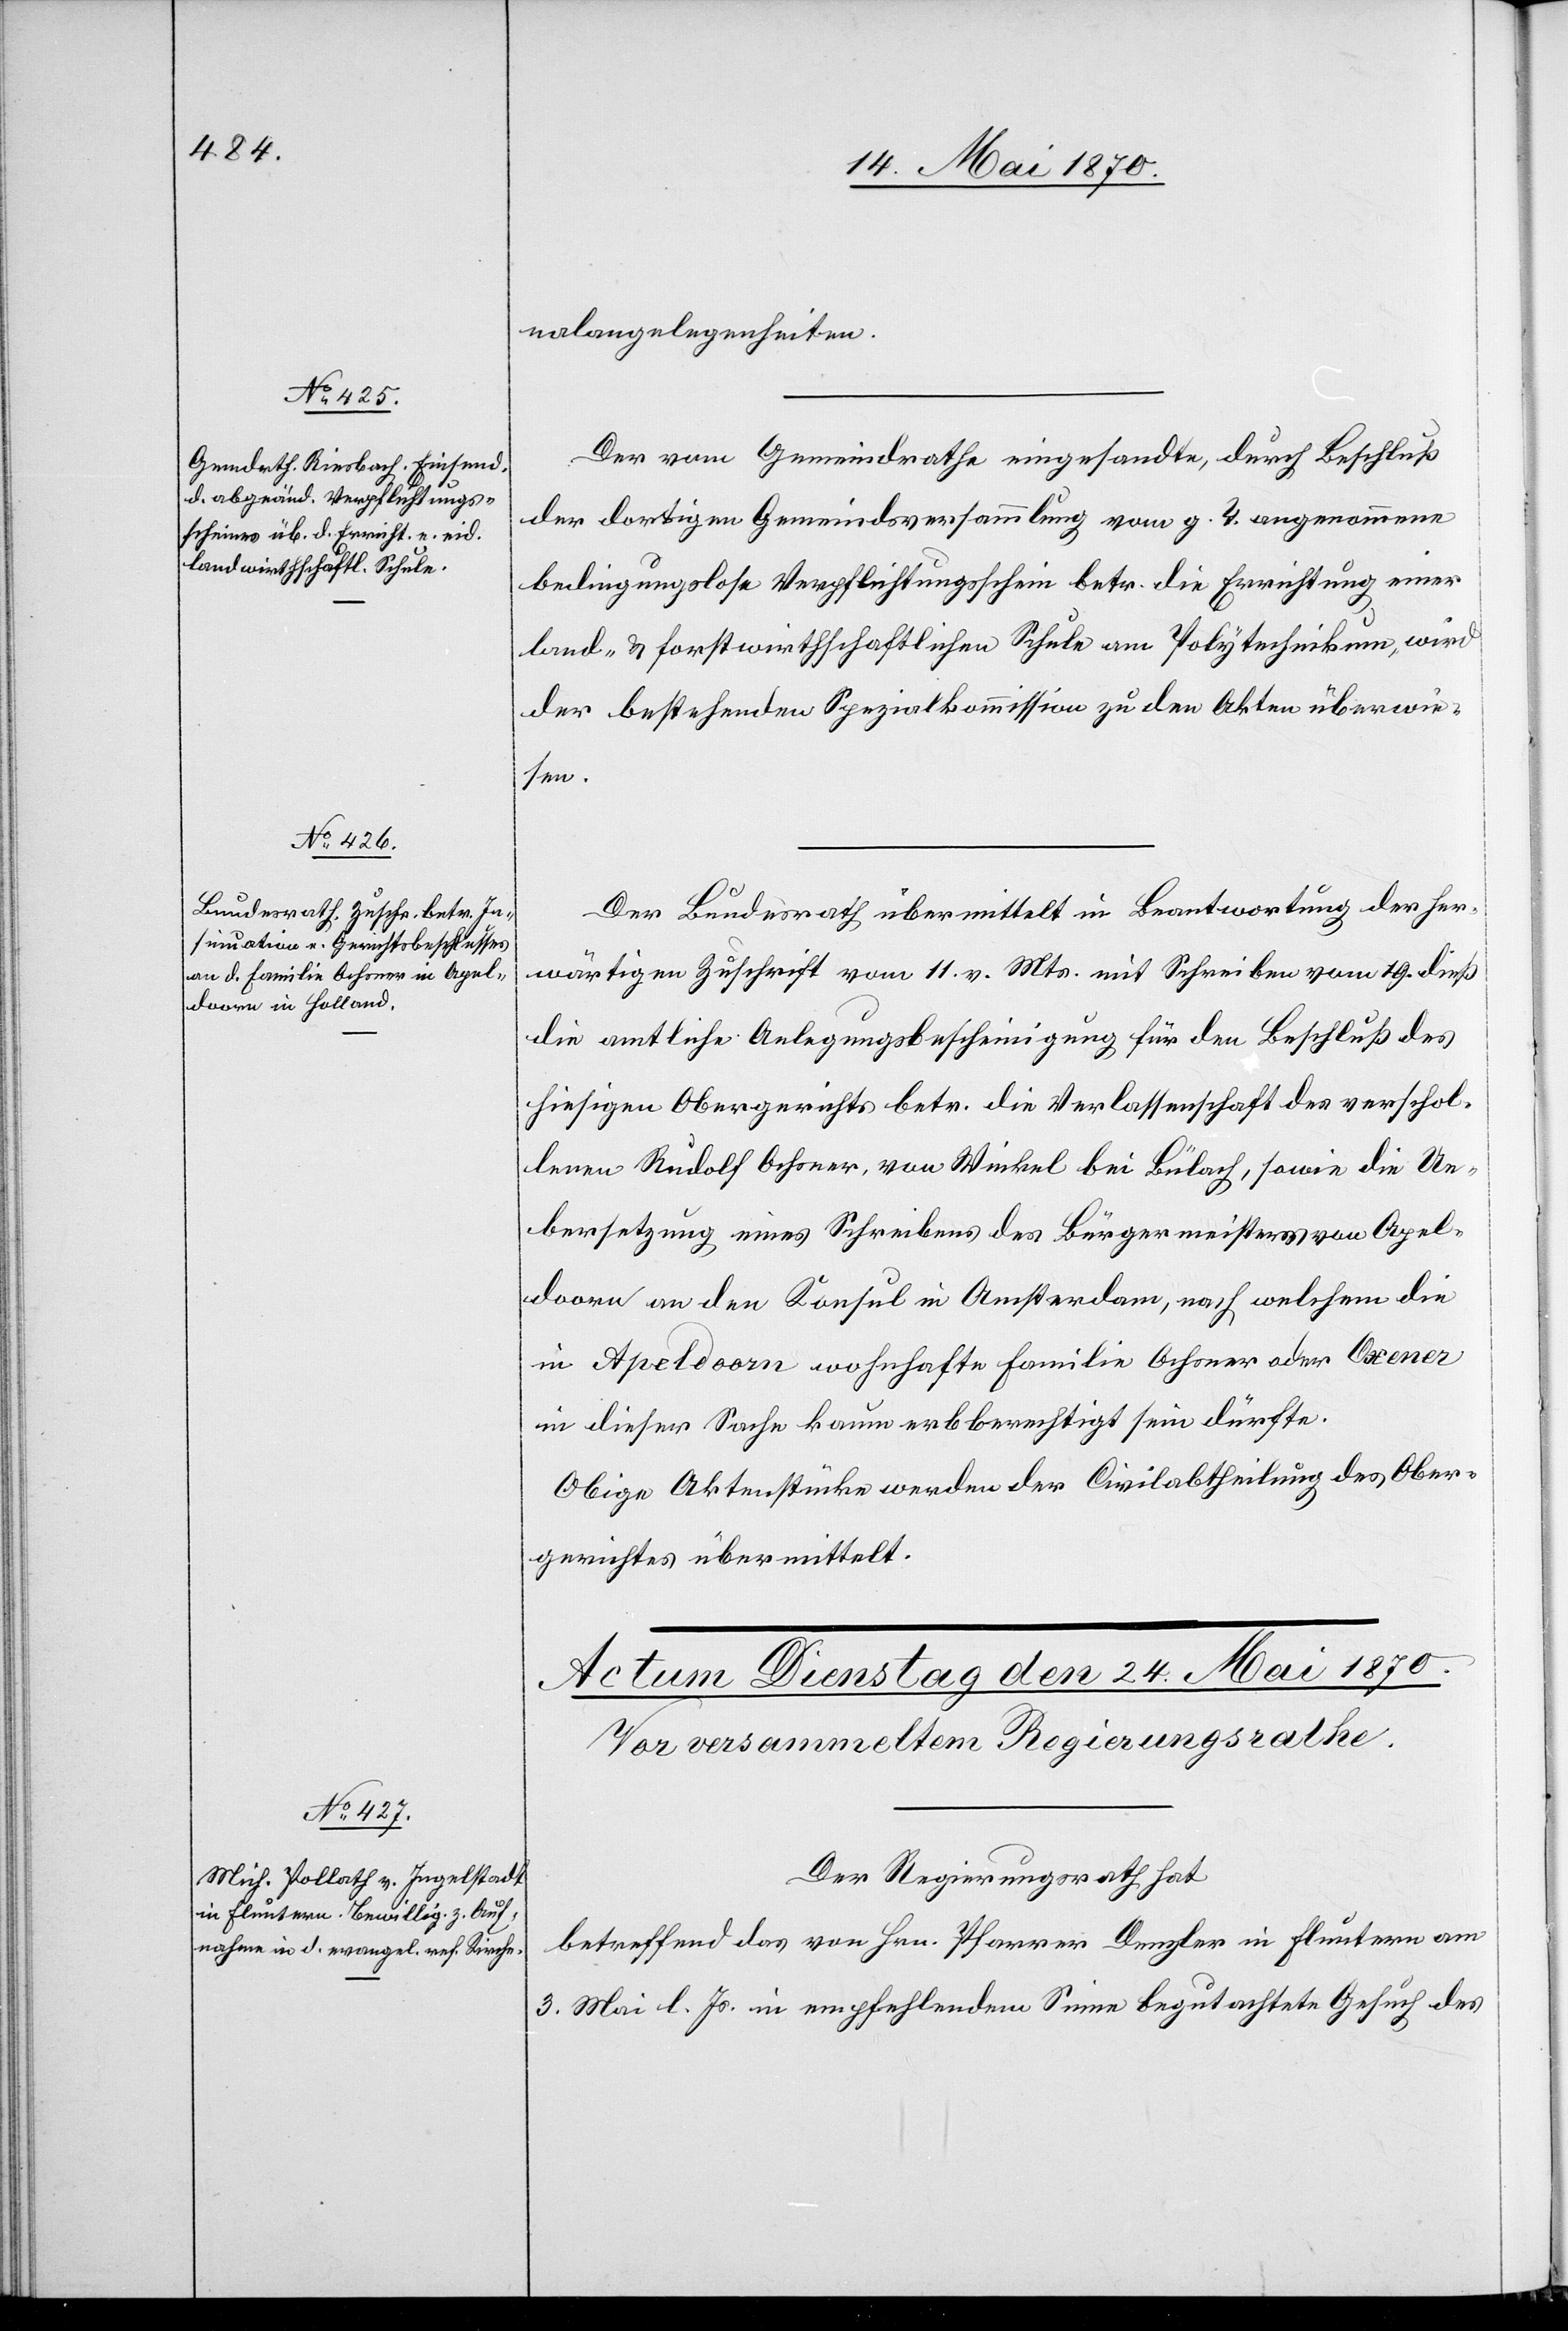
23. Mai 1870.]
nalangelegenheiten.
Der vom Gemeindrath eingesandte, durch Beschluß
der dortigen Gemeindsversammlung vom g. T. angenommene
bedingungslose Verpflichtungsschein betr. die Errichtung einer
land- & forstwirthschaftlichen Schule am Polytechnikum, wird
der bestehenden Spezialkommission zu den Akten überwie¬
sen.
Der Bundesrath übermittelt in Beantwortung der her¬
wärtigen Zuschrift vom 11. v. Mts. mit Schreiben vom 19. dieß
die amtliche Anlegungsbescheinigung für den Beschluß des
hiesigen Obergerichts betr. die Verlassenschaft des verschol¬
lenen Rudolf Ochsner, von Winkel bei Bülach, sowie die Ue¬
bersetzung eines Schreibens des Bürgermeisters von Apel¬
doorn an den Konsul in Amsterdam, nach welchem die
in Apeldoorn wohnhafte Familie Ochsner oder Oxener
in dieser Sache kaum erbberechtigt sein dürfte.
Obige Aktenstücke werden der Civilabtheilung des Ober¬
gerichtes übermittelt.
Der Regierungsrath hat
betreffend das von Hrn. Pfarrer Denzler in Fluntern am
3. l. Js. in empfehlendem Sinne begutachtete Gesuch des